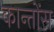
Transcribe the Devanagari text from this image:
कान्तोंस